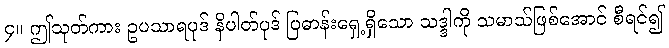
၄။ ဤသုတ်ကား ဥပသာရပုဒ် နိပါတ်ပုဒ် ပြဓာန်းရှေ့ရှိသော သဒ္ဒါကို သမာသ်ဖြစ်အောင် စီရင်၍